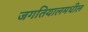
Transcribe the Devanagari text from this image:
जगतियालमधील